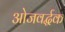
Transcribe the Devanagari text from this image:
ओजवर्द्धक